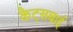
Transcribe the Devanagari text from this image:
कैट्सबाई